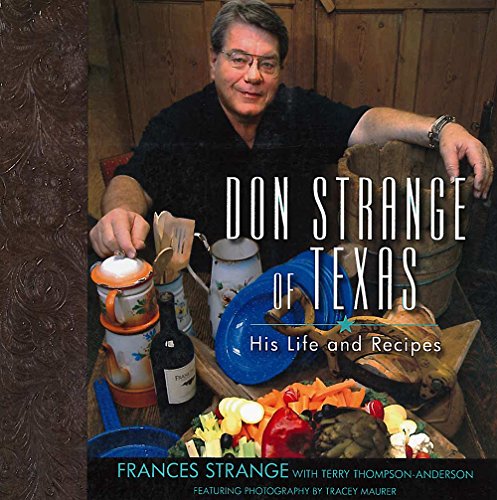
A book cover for Don Strange of Texas: His Life and Recipes; Frances Strange; Cookbooks, Food & Wine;